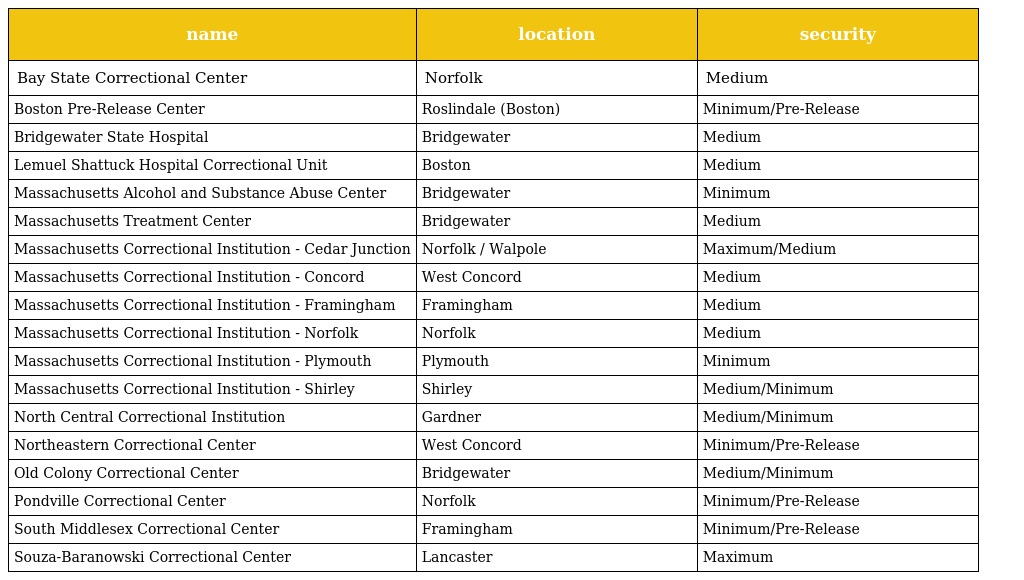
| name | location | security |
 | --- | --- | --- |
 | Bay State Correctional Center | Norfolk | Medium |
 | Boston Pre-Release Center | Roslindale (Boston) | Minimum/Pre-Release |
 | Bridgewater State Hospital | Bridgewater | Medium |
 | Lemuel Shattuck Hospital Correctional Unit | Boston | Medium |
 | Massachusetts Alcohol and Substance Abuse Center | Bridgewater | Minimum |
 | Massachusetts Treatment Center | Bridgewater | Medium |
 | Massachusetts Correctional Institution - Cedar Junction | Norfolk / Walpole | Maximum/Medium |
 | Massachusetts Correctional Institution - Concord | West Concord | Medium |
 | Massachusetts Correctional Institution - Framingham | Framingham | Medium |
 | Massachusetts Correctional Institution - Norfolk | Norfolk | Medium |
 | Massachusetts Correctional Institution - Plymouth | Plymouth | Minimum |
 | Massachusetts Correctional Institution - Shirley | Shirley | Medium/Minimum |
 | North Central Correctional Institution | Gardner | Medium/Minimum |
 | Northeastern Correctional Center | West Concord | Minimum/Pre-Release |
 | Old Colony Correctional Center | Bridgewater | Medium/Minimum |
 | Pondville Correctional Center | Norfolk | Minimum/Pre-Release |
 | South Middlesex Correctional Center | Framingham | Minimum/Pre-Release |
 | Souza-Baranowski Correctional Center | Lancaster | Maximum |